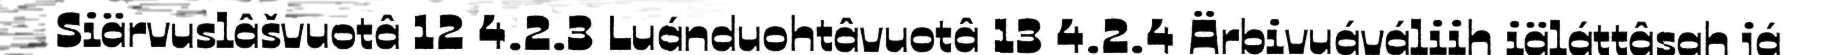
Siärvuslâšvuotâ 12 4.2.3 Luánduohtâvuotâ 13 4.2.4 Ärbivuáváliih iäláttâsah já